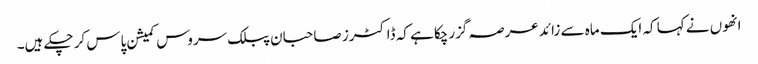
انھوں نے کہا کہ ایک ماہ سے زائد عرصہ گزرچکا ہے کہ ڈاکٹرز صاحبان پبلک سروس کمیشن پاس کر چکے ہیں۔